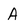
Character: A